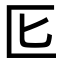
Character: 𭅔